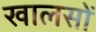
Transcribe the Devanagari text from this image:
खालसों